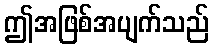
ဤအဖြစ်အပျက်သည်